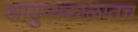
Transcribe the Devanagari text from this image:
आयुष्यकाळातच